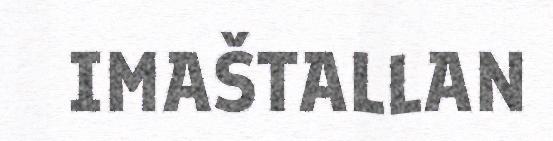
IMAŠTALLAN